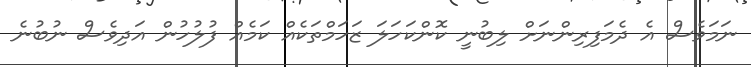
ނަމަވެސް އެ ދެމަފިރިންނަށް ލިބުނީ ކޮންކަހަލަ ޒަހަމްތަކެއް ކަމެއް ފުލުހުން އަދިވެސް ނުބުނެ